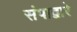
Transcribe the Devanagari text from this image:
संपाद्वारे